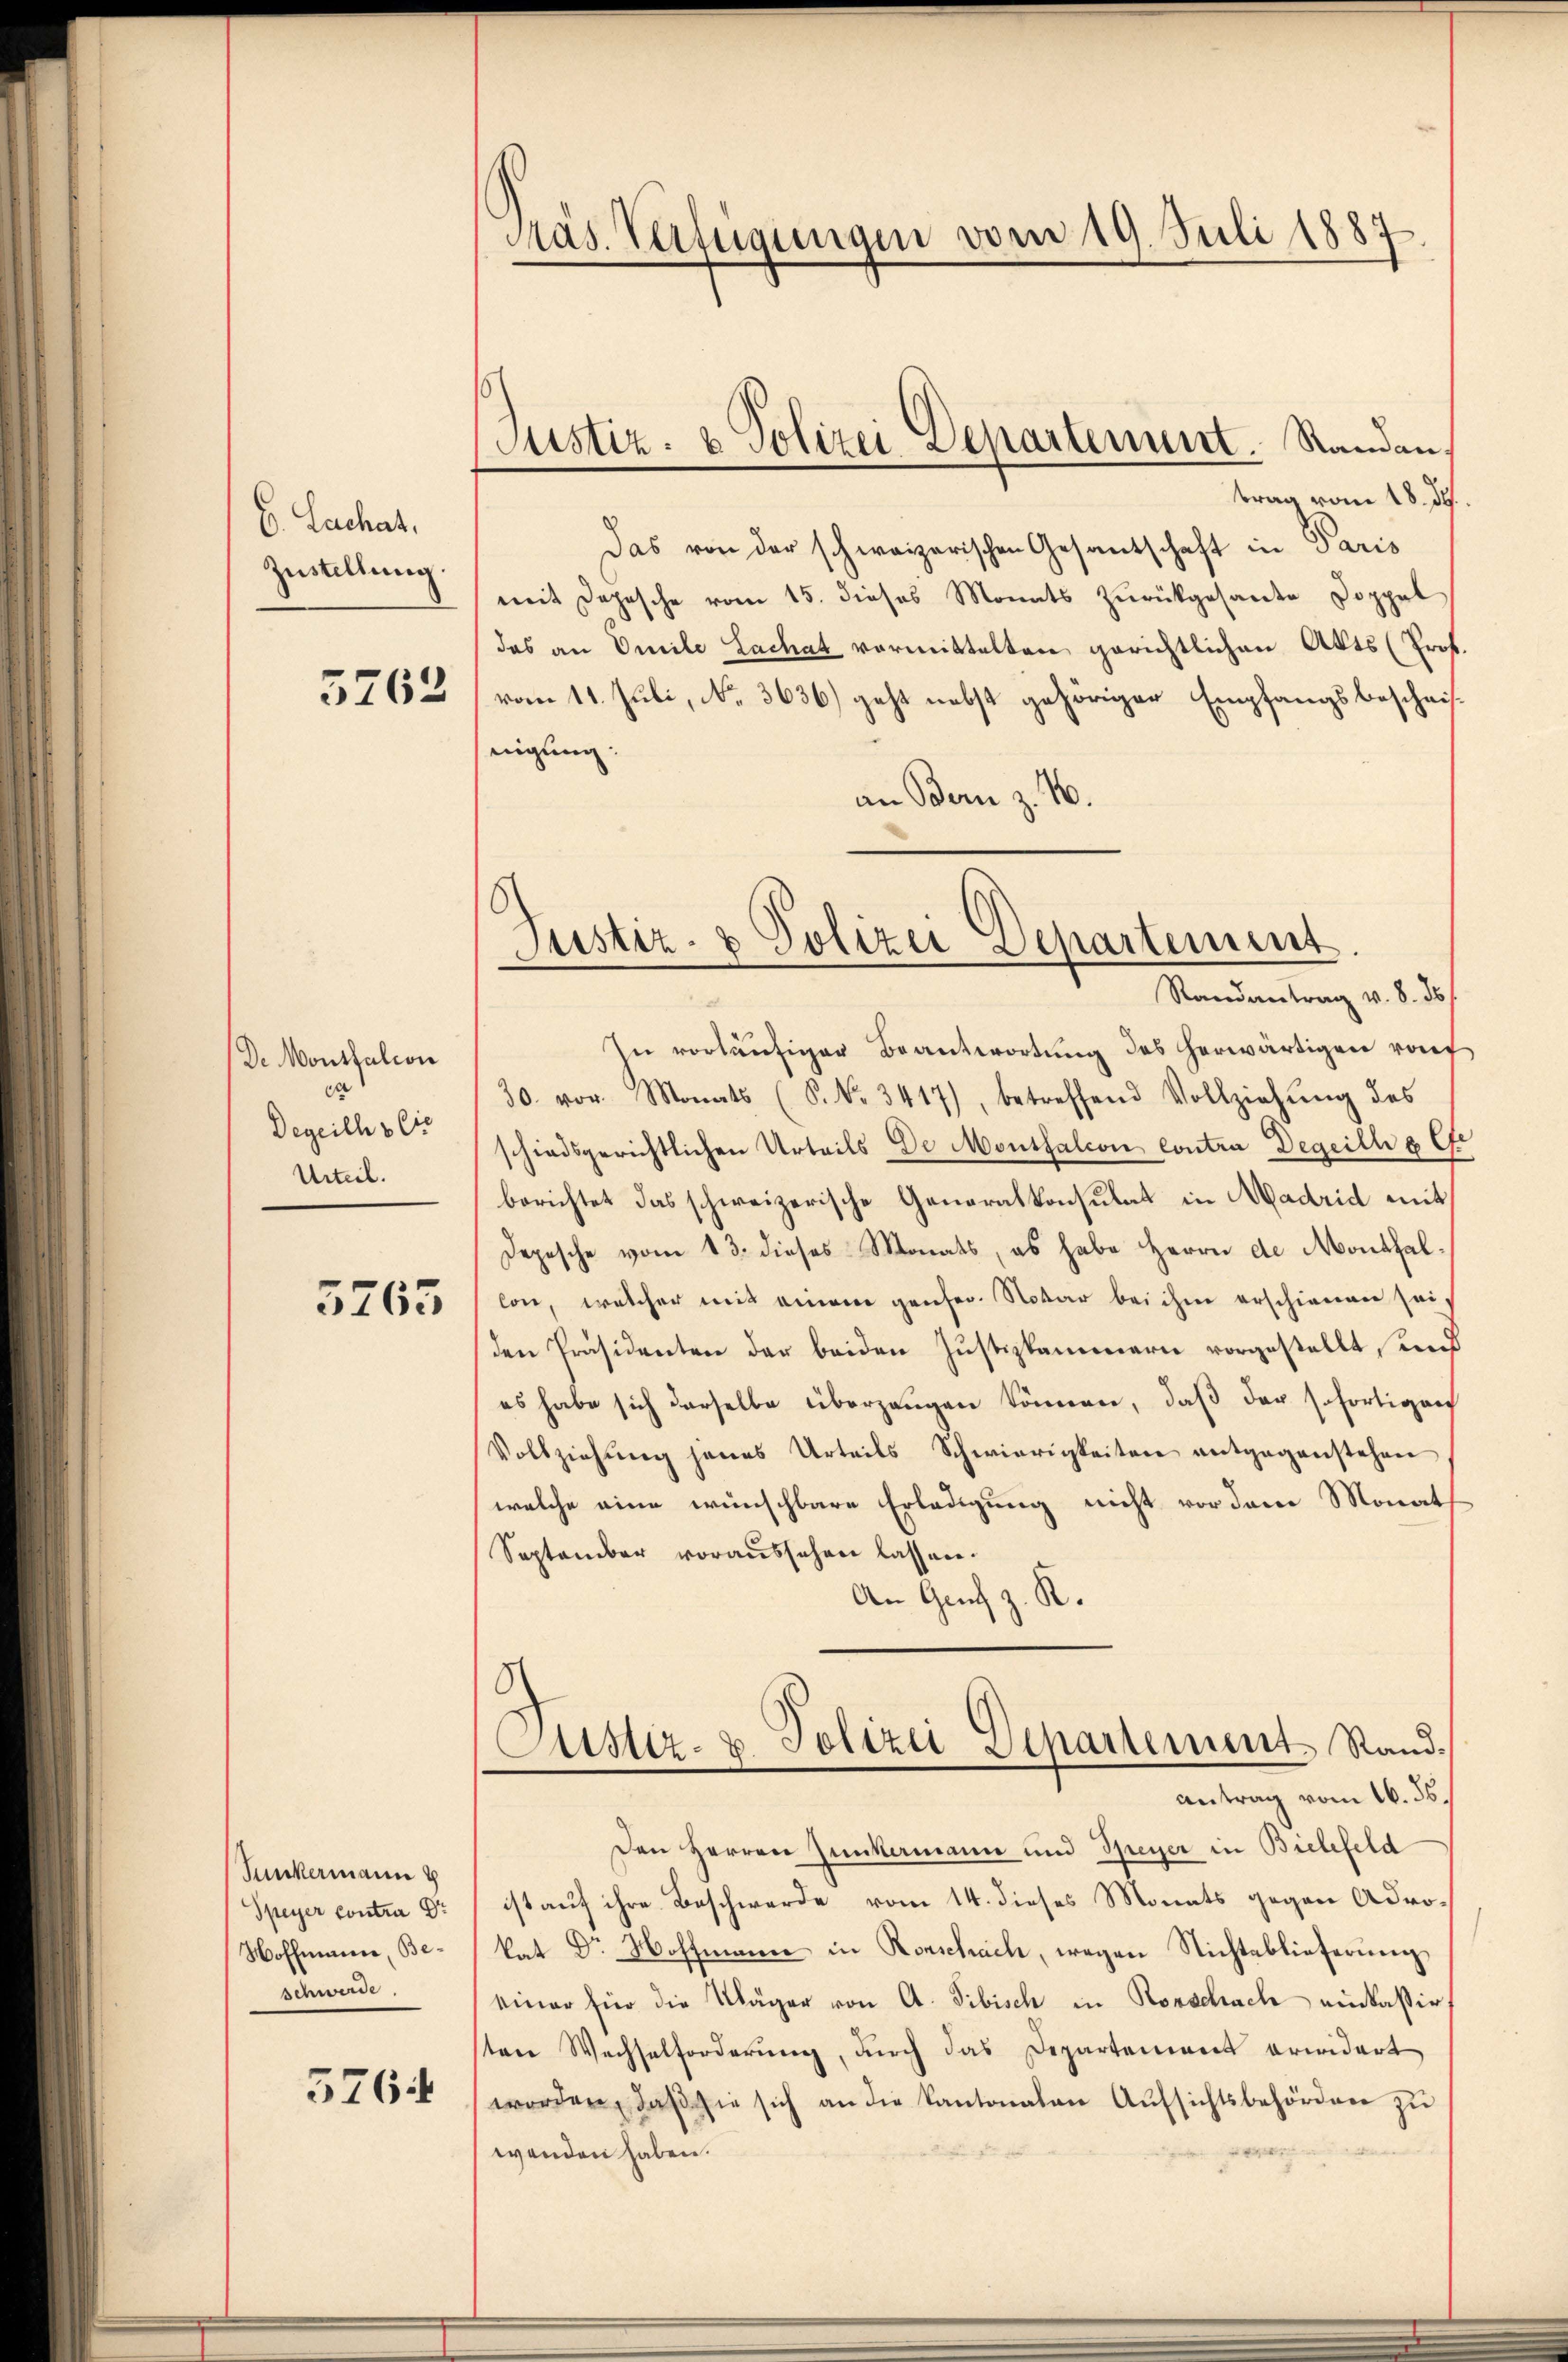
C. Lachat,
Zustellung.

5762

De Montalion
ca
Degeich & Cie
Urteil.

5765

Junkermann
Speyer Contra Dr
Woffmann, Beschwerde.

576

Päs. Verfügungen vom 19. Juli 1887.

Justiz- & Polizei Departement. Randau.

trag vom 18. d.
Das von der schweizerischen Gesamtschaft in Paris
mit Depesche vom 15. dieses Monats zurückgesandte Doppel
das an Emile Lachat vormittelten gerichtlichen Akts (Prof.
vom 11. Juli, No. 3636) geht nebst gehöriger Empfangsbeschnisnigung:
an Bern z. B.

Justiz- & Polizei Departement

Randantrag v. 8. ds.
In vorläufiger Beantwortung des herwärtigen rauf
30. vor. Monats (S. Nr. 3417), betreffend Vollziehŭng des
schiedsgerichtlichen Urteils de Montfalcon contra Degeill gefe
berichtet das schweizerische Generalkonsulat in Madrid mit
Depesche vom 13. dieses Monats, es habe Herrn de Monthallon, welcher mit einem genser Notar bei ihm erschienen seiden Präsidenten der beiden Justizkammern vorgestellt, und
es habe sich derselbe überzeugen können, daß der sofortigen
Vollziehŭng jenes Urteils Schwierigkeiten entgegenstehen
welche eine wünschbare Erledigung nicht vor dem Monath
September voraussehen lassen.
An Genf z. R.
Austiz- u. Polizei Departement Randantrag vom 16. ds.
Den Herren Zunkamann und Speyer in Bielefeld
ist auf ihre Beschwerde vom 14. dieses Monats gegen Adrokat Dr Hoffmann in Rorschach, wegen Nichteblieferŭng
einer für die Kläger von A. Tibisch in Rorschach einkassirten Wechselforderung, durch das Departement erwidert
worden, daβ sie sich an die Kantonalen Aŭfsichtsbehörden zŭ
wanden haben.